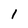
Character: 1